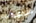
الشرعية